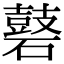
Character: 𪔑